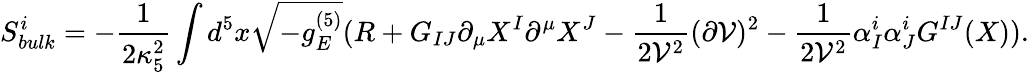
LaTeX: S_{bulk}^{i}=-\frac{1}{2\kappa_{5}^{2}}\int d^{5}x\sqrt{-g_{E}^{(5)}}(R+G_{IJ}\partial_{\mu}X^{I}\partial^{\mu}X^{J}-\frac{1}{2{\cal V}^{2}}(\partial{\cal V})^{2}-\frac{1}{2{\cal V}^{2}}\alpha_{I}^{i}\alpha_{J}^{i}G^{IJ}(X)).